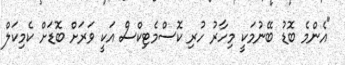
"އެންމެ ބޮޑު ބޭނުމަކީ މިހާރު ހުރި ކޮސްމެޓިކްސް އަކީ ވަރަށް ބޮޑަށް ކެމިކަލް